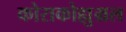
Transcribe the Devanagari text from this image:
कोराकोह्युम्रल